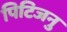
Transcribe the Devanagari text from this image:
पिटिजनु